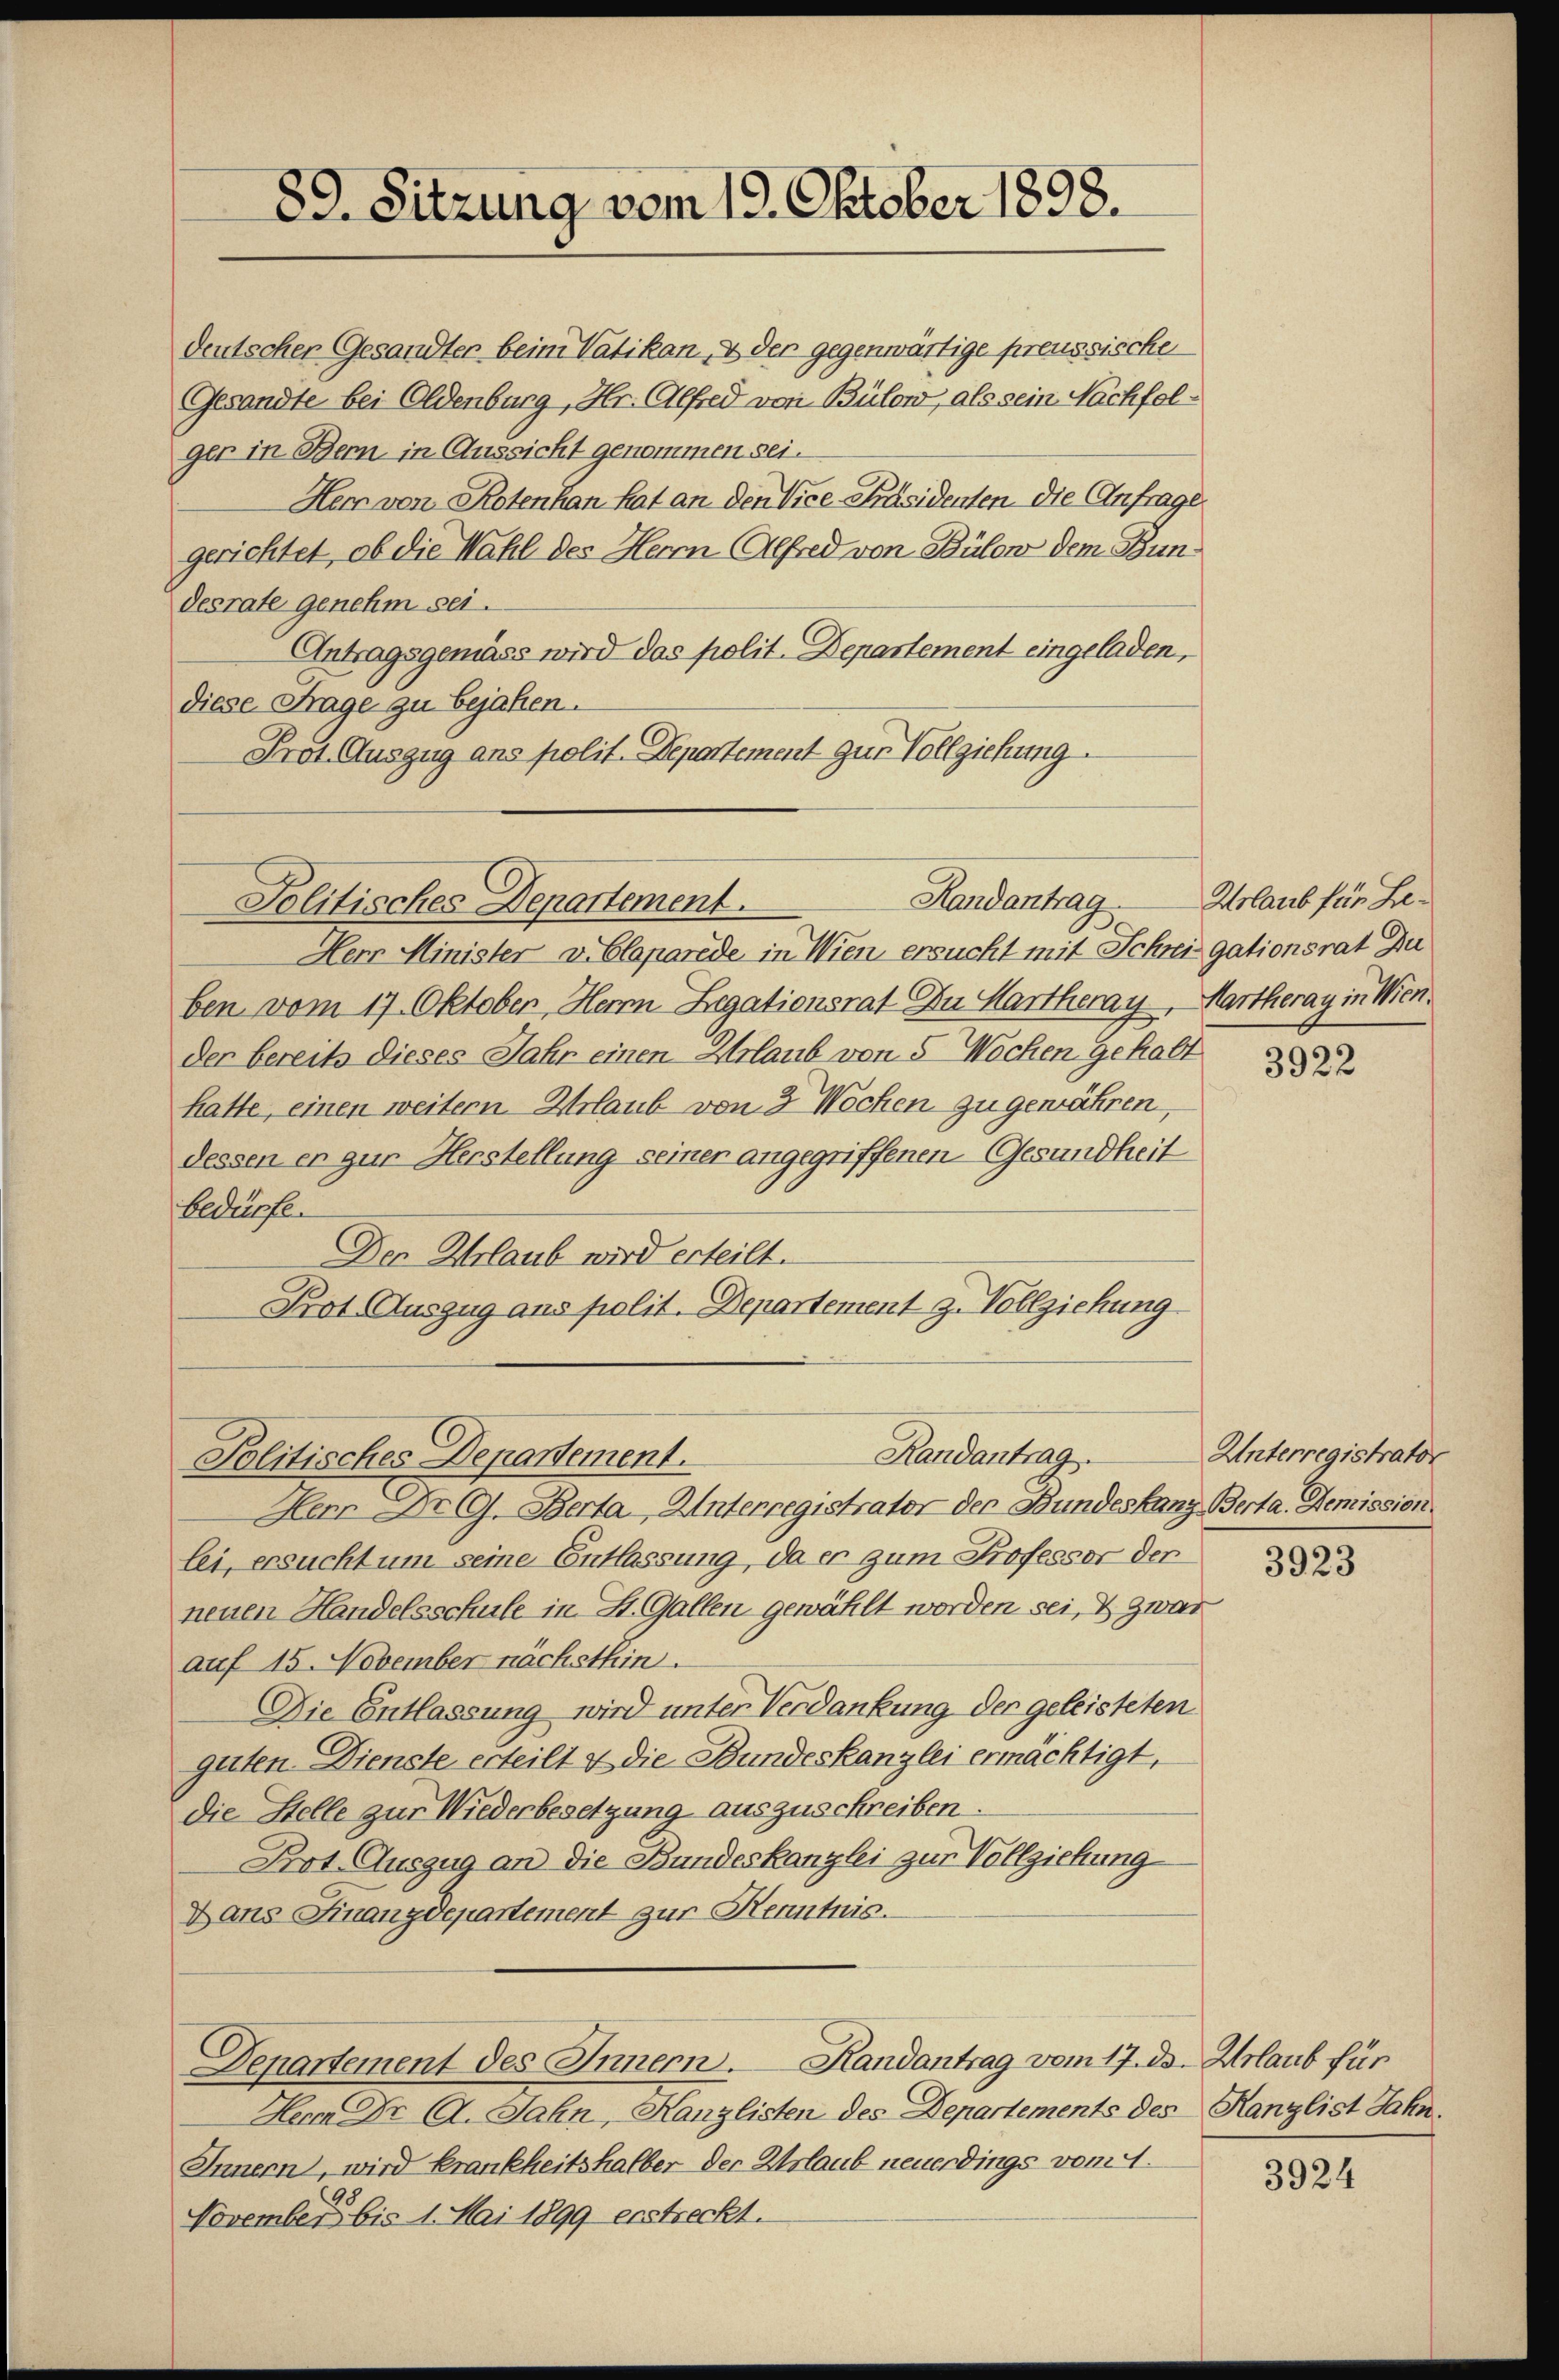
89. Sitzung vom 19. Oktober 1898.

Randantrag.
Politisches Departement.

deutschen Gesandter beim Vatikan, & der gegenwärtige preussische
Gesandte bei Eldenburg, Hr. Alfred von Bülow, als sein Nachfolger in Bern in Aussicht genommen sei.
Herr von Rotenhan hat an den Vice-Präsidenten die Anfrage
gerichtet, ob die Wahl des Herrn Alfred von Bülon dem Bundesrate genehm sei.
Antragsgemäss wird das polit. Departement eingeladen,
diese Frage zu bejahen.
Prot. Auszug ans polit. Departement zur Vollziehung.
Randantrag Urlaub für Le¬
Politisches Departement.
Herr Minister v. Claparede in Wien ersucht mit Schweigationsrat Du
ben vom 17. Oktober, Herrn Legationsrat zu Hartheray, Martheray in Wien.
der bereits dieses Jahr einen Arlaub von 5 Wochen gehabt
hatte, einen weitern Urlaub von 3 Wochen zu gewähren,
dessen en gur Herstellung seiner angegriffenen Gesundheit
Bedürfen
Den Urlaub wird erteilt.
Prot. Auszug aus polit. Departement z. Vollziehung

Herr Dr A. Jahn, Kanzlisten des Departements des Kanzlist Jahn.
Innern, wird krankheitshalber der Erlaub neuerdings vom 1.
November bis 1. Mai 1899 erstreckt.

Herr Dr G. Berta, Unterregistrator der Bundeskanz Berta. Demission
lei, ersucht um seine Entlassung, da er zum Professor der
neuen Handelsschule in St. Gallen gewählt worden sei, & zwar
auf 15. November nächsthin
Die Entlassung wird unter Verdankung der geleisteten
guten Dienste erteilt & die Bundeskanzlei ermächtigt,
die Stelle zur Wiederbesetzung auszuschreiben.
Prot. Auszug an die Bundeskanzlei zur Vollziehung
Dans Finanzdepartement zur Kenntnis.

Denartement des Innern. Randantrag vom 17. ds. Urlaub für

3922

Unterregistrator

3923

3924